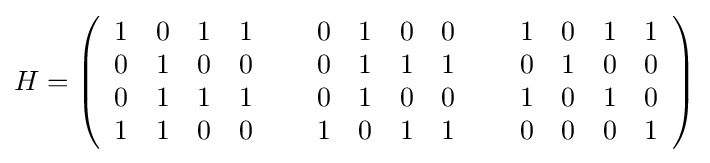
H=\left({\begin{array}{llllcllllcllll}1&0&1&1&~&0&1&0&0&~&1&0&1&1\\0&1&0&0&~&0&1&1&1&~&0&1&0&0\\0&1&1&1&~&0&1&0&0&~&1&0&1&0\\1&1&0&0&~&1&0&1&1&~&0&0&0&1\end{array}}\right)